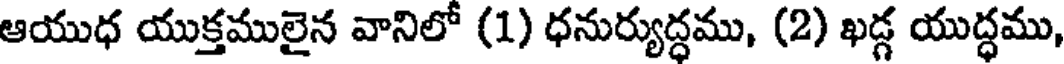
ఆయుధ యుక్తములైన వానిలో (1) ధనుర్యుద్ధము, (2) ఖడ్గ యుద్ధము,